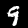
Digit: 9